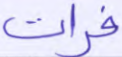
فرات